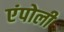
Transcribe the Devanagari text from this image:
एंपोली